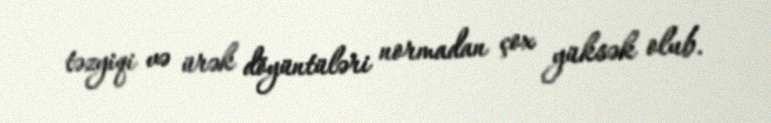
təzyiqi və ürək döyüntüləri normadan çox yüksək olub.